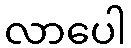
လာပေါ